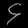
Digit: ၄